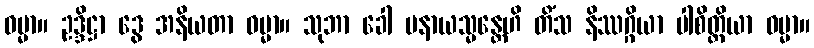
ဓမ္မာ။ ဥဒ္ဒိဋ္ဌာ ဒွေ အနိယတာ ဓမ္မာ။ သုဘာ ခေါ ပနာယသ္မန္တေဟိ တိံသ နိဿဂ္ဂိယာ ပါစိတ္တိယာ ဓမ္မာ။